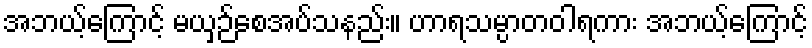
အဘယ့်ကြောင့် မယှဉ်စေအပ်သနည်း။ ဟာရသမ္ပာတဝါရကား အဘယ့်ကြောင့်